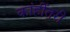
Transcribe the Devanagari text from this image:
कांहींतरी